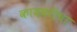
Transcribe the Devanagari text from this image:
कादबरीचा